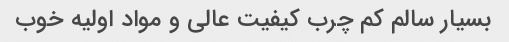
بسیار سالم کم چرب کیفیت عالی و مواد اولیه خوب